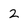
Character: 2